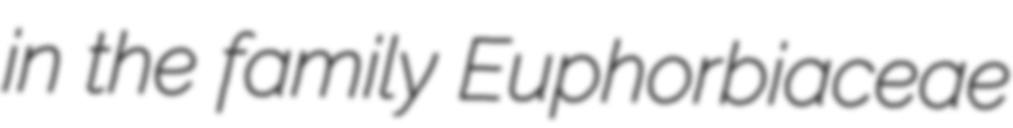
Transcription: in the family Euphorbiaceae